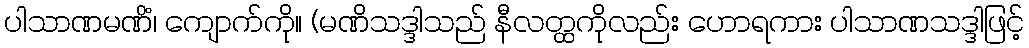
ပါသာဏမဏိံ၊ ကျောက်ကို။ (မဏိသဒ္ဒါသည် နီလတ္ထကိုလည်း ဟောရကား ပါသာဏသဒ္ဒါဖြင့်